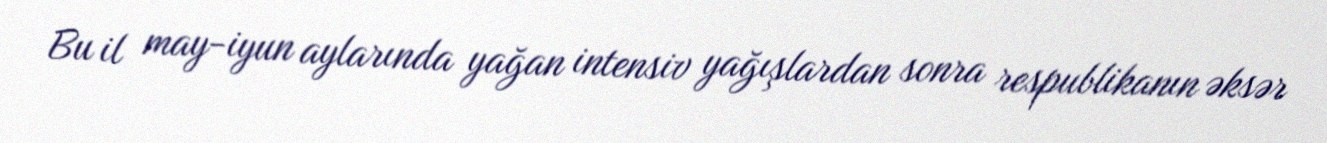
Bu il may-iyun aylarında yağan intensiv yağışlardan sonra respublikanın əksər